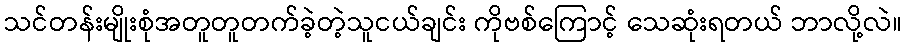
သင်တန်းမျိုးစုံအတူတူတက်ခဲ့တဲ့သူငယ်ချင်း ကိုဗစ်ကြောင့် သေဆုံးရတယ် ဘာလို့လဲ။